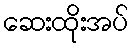
ဆေးထိုးအပ်